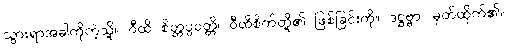
သွားရာအခါကိုကဲ့သို့။ ဝီထိ စိတ္တပ္ပဝတ္တိ၊ ဝီထိစိတ်တို့၏ ဖြစ်ခြင်းကို။ ဒဋ္ဌဗ္ဗာ၊ မှတ်ထိုက်၏။